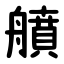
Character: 䒈